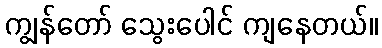
ကျွန်တော် သွေးပေါင် ကျနေတယ်။